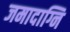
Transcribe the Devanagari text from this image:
जमादाग्नि